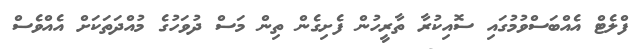
ފްލެޓް އެއްބަސްވުމުގައި ސޮއިކުރާ ތާރީހުން ފެށިގެން ތިން މަސް ދުވަހުގެ މުއްދަތަކަށް އެއްްވެސް